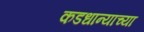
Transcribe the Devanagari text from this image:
कडधान्याच्या